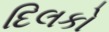
દિલકો